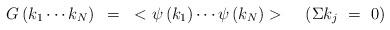
LaTeX: \begin{align*}G\left( k_{1}\cdots k_{N} \right)~=~<\psi\left( k_{1} \right) \cdots\psi\left(k_{N} \right)>~~~\left( \Sigma k_{j}~=~0 \right)\end{align*}